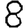
Digit: 8